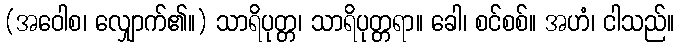
(အဝေါစ၊ လျှောက်၏။) သာရိပုတ္တ၊ သာရိပုတ္တရာ။ ခေါ၊ စင်စစ်။ အဟံ၊ ငါသည်။